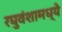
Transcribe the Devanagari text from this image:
रघुवंशामध्ये